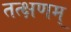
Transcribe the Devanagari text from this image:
तत्क्षणम्